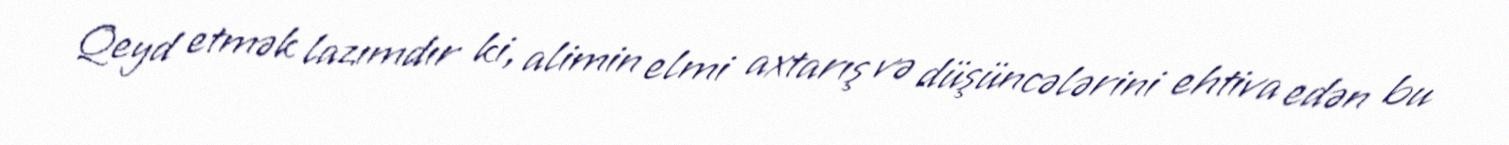
Qeyd etmək lazımdır ki, alimin elmi axtarış və düşüncələrini ehtiva edən bu